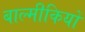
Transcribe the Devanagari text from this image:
बाल्मीकियों